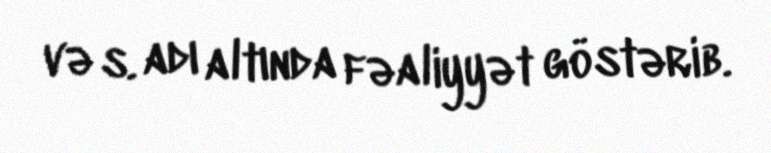
və s. adı altında fəaliyyət göstərib.